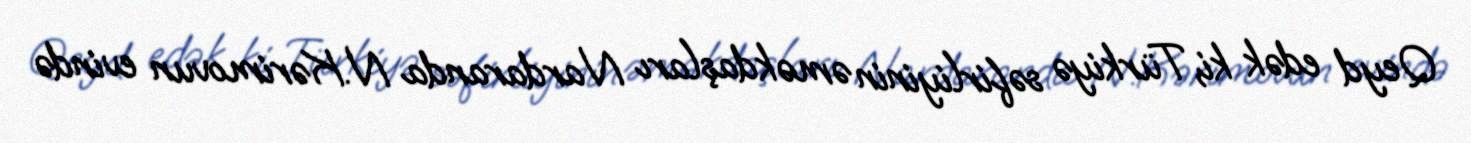
Qeyd edək ki, Türkiyə səfirliyinin əməkdaşları Nardaranda N.Kərimovun evində